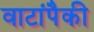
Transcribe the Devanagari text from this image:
वाटांपैकी